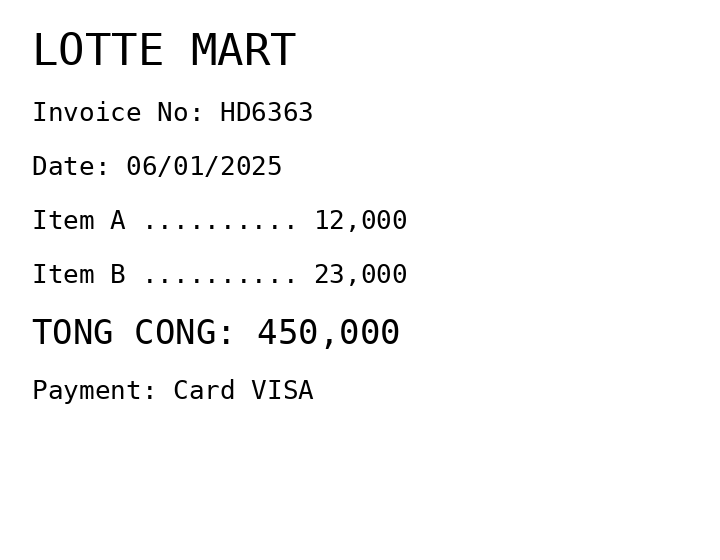
LOTTE MART
Invoice No: HD6363
Date: 06/01/2025
Item A .......... 12,000
Item B .......... 23,000
TONG CONG: 450,000
Payment: Card VISA
Merchant: lotte mart
Date: 2025-01-06
Total: 450000
Invoice No: HD6363
Payment method: CARD